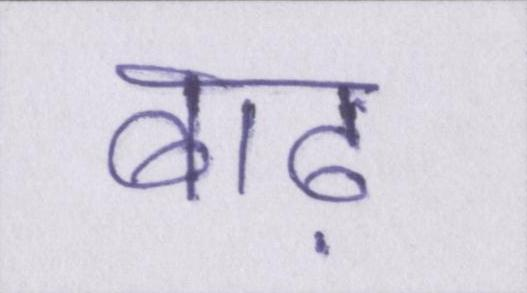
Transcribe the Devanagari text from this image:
बाढ़